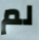
لم